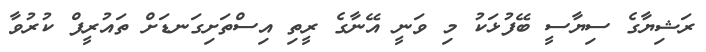
ރަޝިޔާގެ ސިޔާސީ ބޭފުޅަކު މި ވަނީ އޭނާގެ ރީތި އިސްތަށިގަނޑަށް ތައުރީފް ކުރުވާ